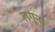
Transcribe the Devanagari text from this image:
लगूना